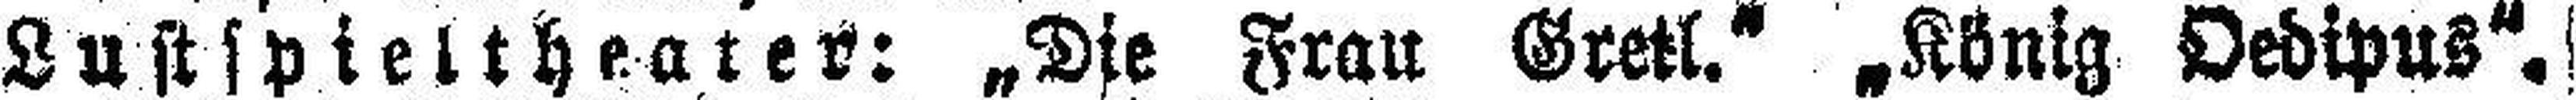
Lustspieltheater: „Die Frau Gretl.“ „König Oedipus“.